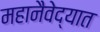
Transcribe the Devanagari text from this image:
महानैवेद्यात